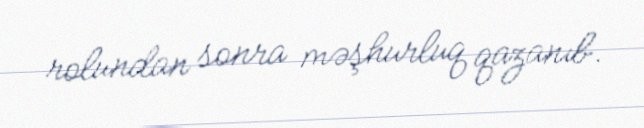
rolundan sonra məşhurluq qazanıb.